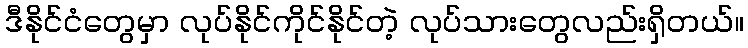
ဒီနိုင်ငံတွေမှာ လုပ်နိုင်ကိုင်နိုင်တဲ့ လုပ်သားတွေလည်းရှိတယ်။